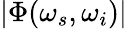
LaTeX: |\Phi(\omega_{s},\omega_{i})|